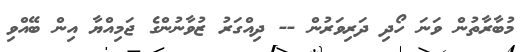
މުބާރާތުން ވަނަ ހޯދި ދަރިވަރުން -- ދިއްގަރު ޒުވާނުންގެ ޖަމިއްޔާ އިން ބޭއްވި